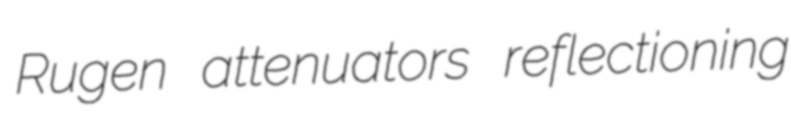
Rugen attenuators reflectioning